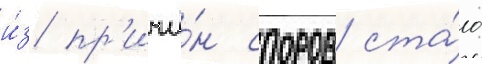
и́з пр'ичи́н споров ста́ло